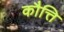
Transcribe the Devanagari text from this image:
कौत्ति